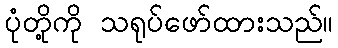
ပုံတို့ကို သရုပ်ဖော်ထားသည်။